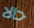
حالا